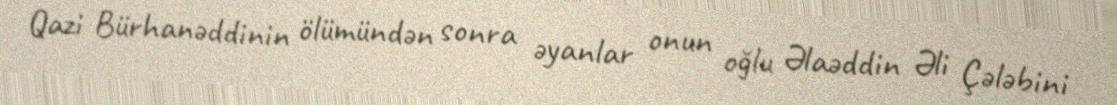
Qazi Bürhanəddinin ölümündən sonra əyanlar onun oğlu Əlaəddin Əli Çələbini